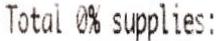
TOTAL 0% SUPPLIES: